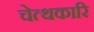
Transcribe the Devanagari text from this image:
चेत्थकारि